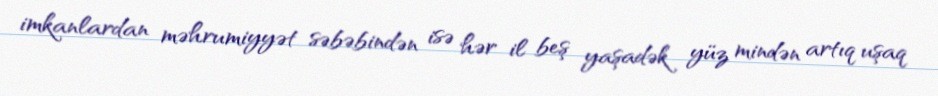
imkanlardan məhrumiyyət səbəbindən isə hər il beş yaşadək yüz mindən artıq uşaq